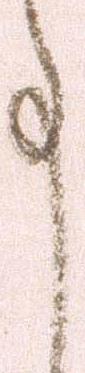
事